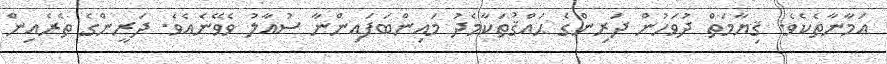
އަމާނާތެކެވެ. ޤިޔާމަތް ދުވަހުން ދަރިންގެ ޙައްޤުތަކާމެދު މައިންބަފައިންނާ ސުއާލު ވެވޭނެއެވެ. ދަރީންގެ ތެރެއިން